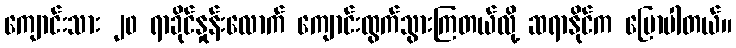
ကျောင်းသား ၂၀ ရာခိုင်နှုန်းလောက် ကျောင်းထွက်သွားကြတယ်လို့ ဆရာနိုင်က ပြောပါတယ်။